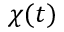
\chi ( t )